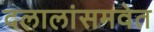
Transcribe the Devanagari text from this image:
दलालांसमवेत